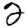
Digit: 2